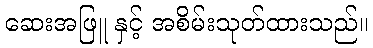
ဆေးအဖြူ နှင့် အစိမ်းသုတ်ထားသည်။